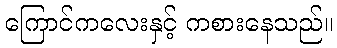
ကြောင်ကလေးနှင့် ကစားနေသည်။